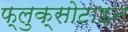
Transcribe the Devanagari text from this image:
फ्लुक्सोटाइन